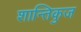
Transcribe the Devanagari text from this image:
शान्तिकुज